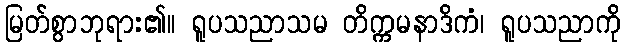
မြတ်စွာဘုရား၏။ ရူပသညာသမ တိက္ကမနာဒိကံ၊ ရူပသညာကို